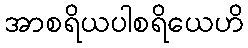
အာစရိယပါစရိယေဟိ